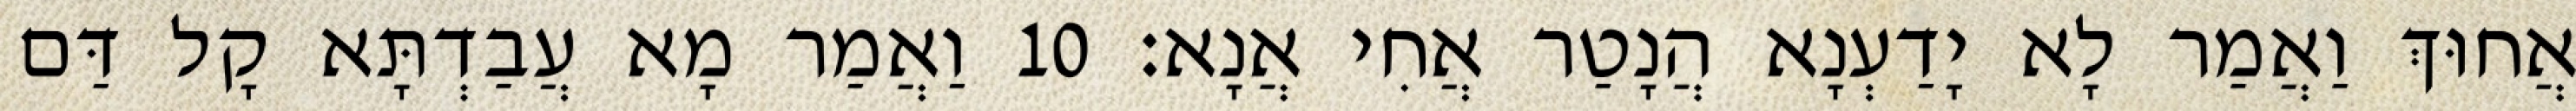
אֲחוּךְ וַאֲמַר לָא יָדַעְנָא הֲנָטַר אֲחִי אֲנָא׃ 10 וַאֲמַר מָא עֲבַדְתָּא קָל דַּם